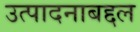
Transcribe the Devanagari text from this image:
उत्पादनाबद्दल